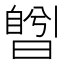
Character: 𣊅